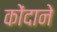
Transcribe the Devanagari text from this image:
कोंदाने